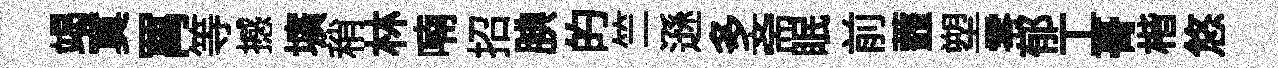
竭寞罥等撼壙稍林喃招腆的竺遜多斋眠前虀塑零郁工𮌔楷悠